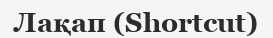
Лақап (Shortcut)